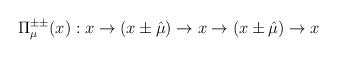
LaTeX: \begin{align*}\Pi^{\pm\pm}_\mu(x): x\rightarrow (x\pm\hat{\mu})\rightarrow x\rightarrow (x\pm\hat{\mu})\rightarrow x\end{align*}